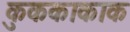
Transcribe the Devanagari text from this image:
कुककाकाक